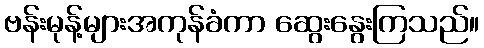
ဗန်းမုန့်များအကုန်ခံကာ ဆွေးနွေးကြသည်။